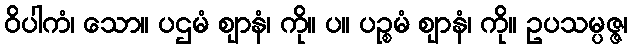
ဝိပါကံ၊ သော။ ပဌမံ ဈာနံ၊ ကို။ ပ။ ပဉ္စမံ ဈာနံ၊ ကို။ ဥပသမ္ပဇ္ဇ၊